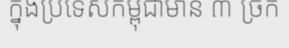
ក្នុងប្រទេសកម្ពុជាមាន ៣ ច្រក